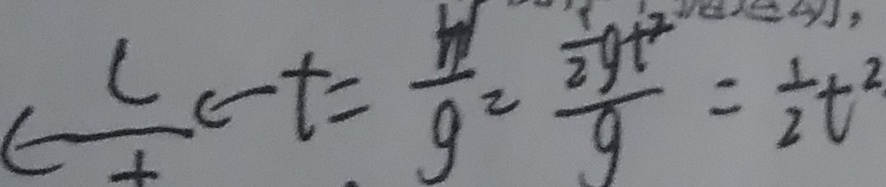
\in \frac { c } { t } \leftarrow t = \frac { W } { g ^ { 2 } } = \frac { \frac { 1 } { 2 } g t ^ { 2 } } { g } = \frac { 1 } { 2 } t ^ { 2 }